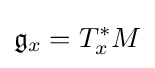
{\mathfrak {g}}_{x}=T_{x}^{*}M